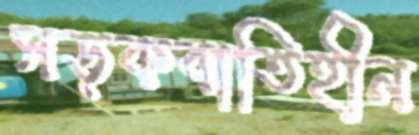
সড়কবাতিহীন